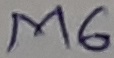
Text: M6